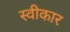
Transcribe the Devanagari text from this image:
स्वीकार